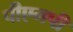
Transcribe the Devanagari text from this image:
पीएमपी